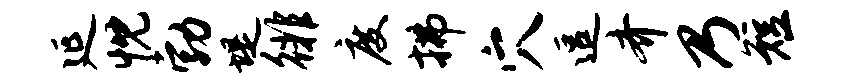
延忱勃堤徘度拂穴逗齐乃短